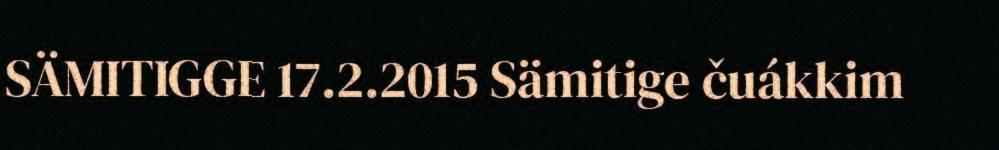
SÄMITIGGE 17.2.2015 Sämitige čuákkim